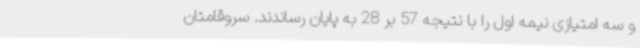
و سه امتیازی نیمه اول را با نتیجه 57 بر 28 به پایان رساندند. سروقامتان